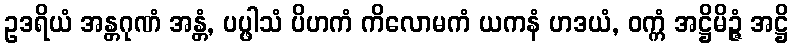
ဥဒရိယံ အန္တဂုဏံ အန္တံ, ပပ္ဖါသံ ပိဟကံ ကိလောမကံ ယကနံ ဟဒယံ, ဝက္ကံ အဋ္ဌိမိဉ္ဇံ အဋ္ဌိ